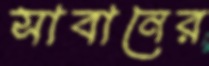
সাবানের